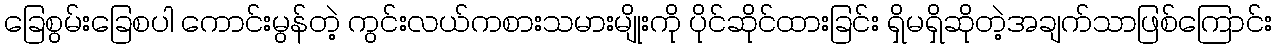
ခြေစွမ်းခြေစပါ ကောင်းမွန်တဲ့ ကွင်းလယ်ကစားသမားမျိုးကို ပိုင်ဆိုင်ထားခြင်း ရှိမရှိဆိုတဲ့အချက်သာဖြစ်ကြောင်း